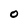
Character: 0